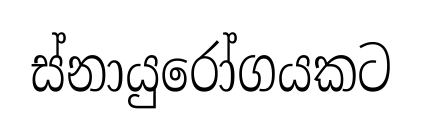
ස්නායුරෝගයකට